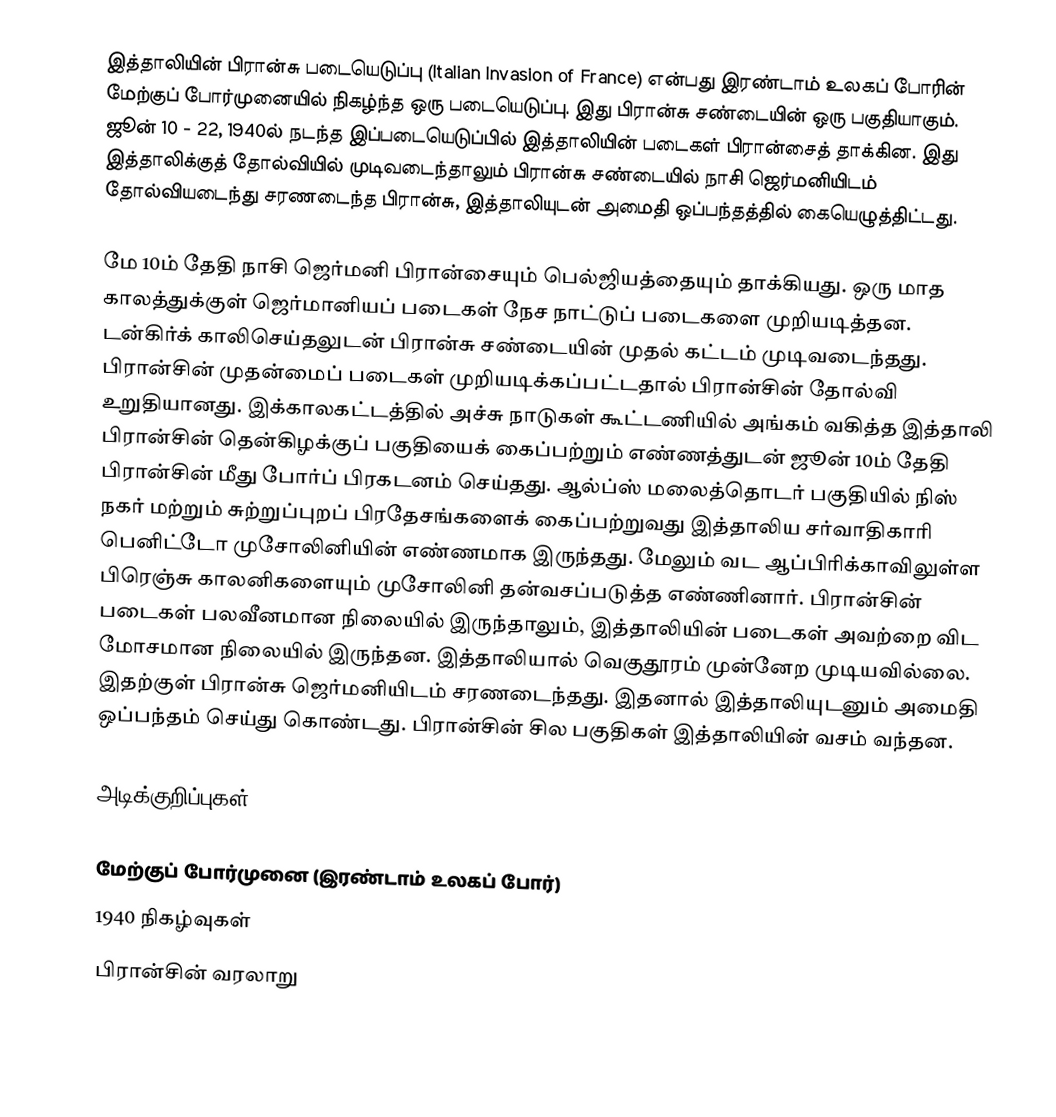
இத்தாலியின் பிரான்சு படையெடுப்பு (Italian Invasion of France) என்பது இரண்டாம் உலகப் போரின் மேற்குப் போர்முனையில் நிகழ்ந்த ஒரு படையெடுப்பு. இது பிரான்சு சண்டையின் ஒரு பகுதியாகும். ஜூன் 10 - 22, 1940ல் நடந்த இப்படையெடுப்பில் இத்தாலியின் படைகள் பிரான்சைத் தாக்கின. இது இத்தாலிக்குத் தோல்வியில் முடிவடைந்தாலும் பிரான்சு சண்டையில் நாசி ஜெர்மனியிடம் தோல்வியடைந்து சரணடைந்த பிரான்சு, இத்தாலியுடன் அமைதி ஒப்பந்தத்தில் கையெழுத்திட்டது.

மே 10ம் தேதி நாசி ஜெர்மனி பிரான்சையும் பெல்ஜியத்தையும் தாக்கியது. ஒரு மாத காலத்துக்குள் ஜெர்மானியப் படைகள் நேச நாட்டுப் படைகளை முறியடித்தன. டன்கிர்க் காலிசெய்தலுடன் பிரான்சு சண்டையின் முதல் கட்டம் முடிவடைந்தது. பிரான்சின் முதன்மைப் படைகள் முறியடிக்கப்பட்டதால் பிரான்சின் தோல்வி உறுதியானது. இக்காலகட்டத்தில் அச்சு நாடுகள் கூட்டணியில் அங்கம் வகித்த இத்தாலி பிரான்சின் தென்கிழக்குப் பகுதியைக் கைப்பற்றும் எண்ணத்துடன் ஜூன் 10ம் தேதி பிரான்சின் மீது போர்ப் பிரகடனம் செய்தது. ஆல்ப்ஸ் மலைத்தொடர் பகுதியில் நிஸ் நகர் மற்றும் சுற்றுப்புறப் பிரதேசங்களைக் கைப்பற்றுவது இத்தாலிய சர்வாதிகாரி பெனிட்டோ முசோலினியின் எண்ணமாக இருந்தது. மேலும் வட ஆப்பிரிக்காவிலுள்ள பிரெஞ்சு காலனிகளையும் முசோலினி தன்வசப்படுத்த எண்ணினார். பிரான்சின் படைகள் பலவீனமான நிலையில் இருந்தாலும், இத்தாலியின் படைகள் அவற்றை விட மோசமான நிலையில் இருந்தன. இத்தாலியால் வெகுதூரம் முன்னேற முடியவில்லை. இதற்குள் பிரான்சு ஜெர்மனியிடம் சரணடைந்தது. இதனால் இத்தாலியுடனும் அமைதி ஒப்பந்தம் செய்து கொண்டது. பிரான்சின் சில பகுதிகள் இத்தாலியின் வசம் வந்தன.

அடிக்குறிப்புகள்

 மேற்குப் போர்முனை (இரண்டாம் உலகப் போர்)
1940 நிகழ்வுகள்
பிரான்சின் வரலாறு